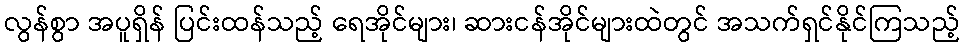
လွန်စွာ အပူရှိန် ပြင်းထန်သည့် ရေအိုင်များ၊ ဆားငန်အိုင်များထဲတွင် အသက်ရှင်နိုင်ကြသည့်